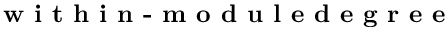
\textbf { w i t h i n - m o d u l e d e g r e e }